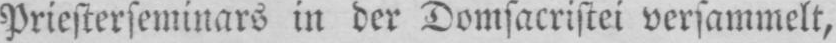
Priesterseminars in der Domsacristei versammelt,